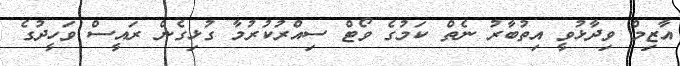
އާޒިމް ވިދާޅުވީ އިތުބާރު ނެތް ކަމުގެ ވޯޓް ސިއްރުކުރުމާ ގުޅިގެން ރައީސް ވަހީދުގެ